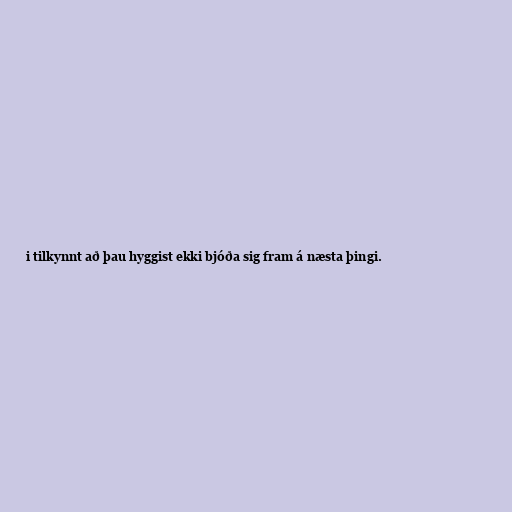
i tilkynnt að þau hyggist ekki bjóða sig fram á næsta þingi.